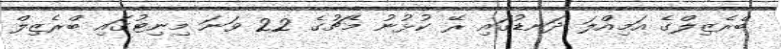
ބްރެޒިލްގެ އަމިއްލަ ދަނޑުގައި ރޭ ކުޅުނު މެޗުގެ 22 ވަނަ މިނިޓުގައި ބްރެޒިލް